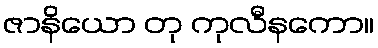
ဇာနိယော တု ကုလီနကော။